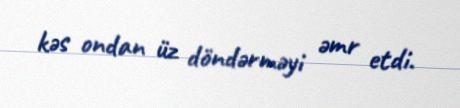
kəs ondan üz döndərməyi əmr etdi.